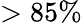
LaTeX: >85\%